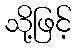
သို့ဖြင့်